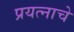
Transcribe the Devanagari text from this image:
प्रयत्नाचे